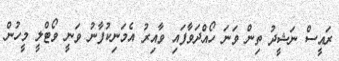
ރައީސް ނަޝީދު ތިން ވަނަ ހޯއްދަވާފައި ވާއިރު އެމަނިކުފާނު ވަނީ ވޯޓްލީ މީހުން